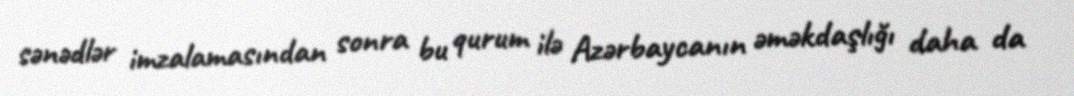
sənədlər imzalamasından sonra bu qurum ilə Azərbaycanın əməkdaşlığı daha da